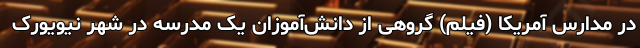
در مدارس آمریکا (فیلم) گروهی از دانش‌آموزان یک مدرسه در شهر نیویورک